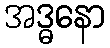
အဒ္ဓနော